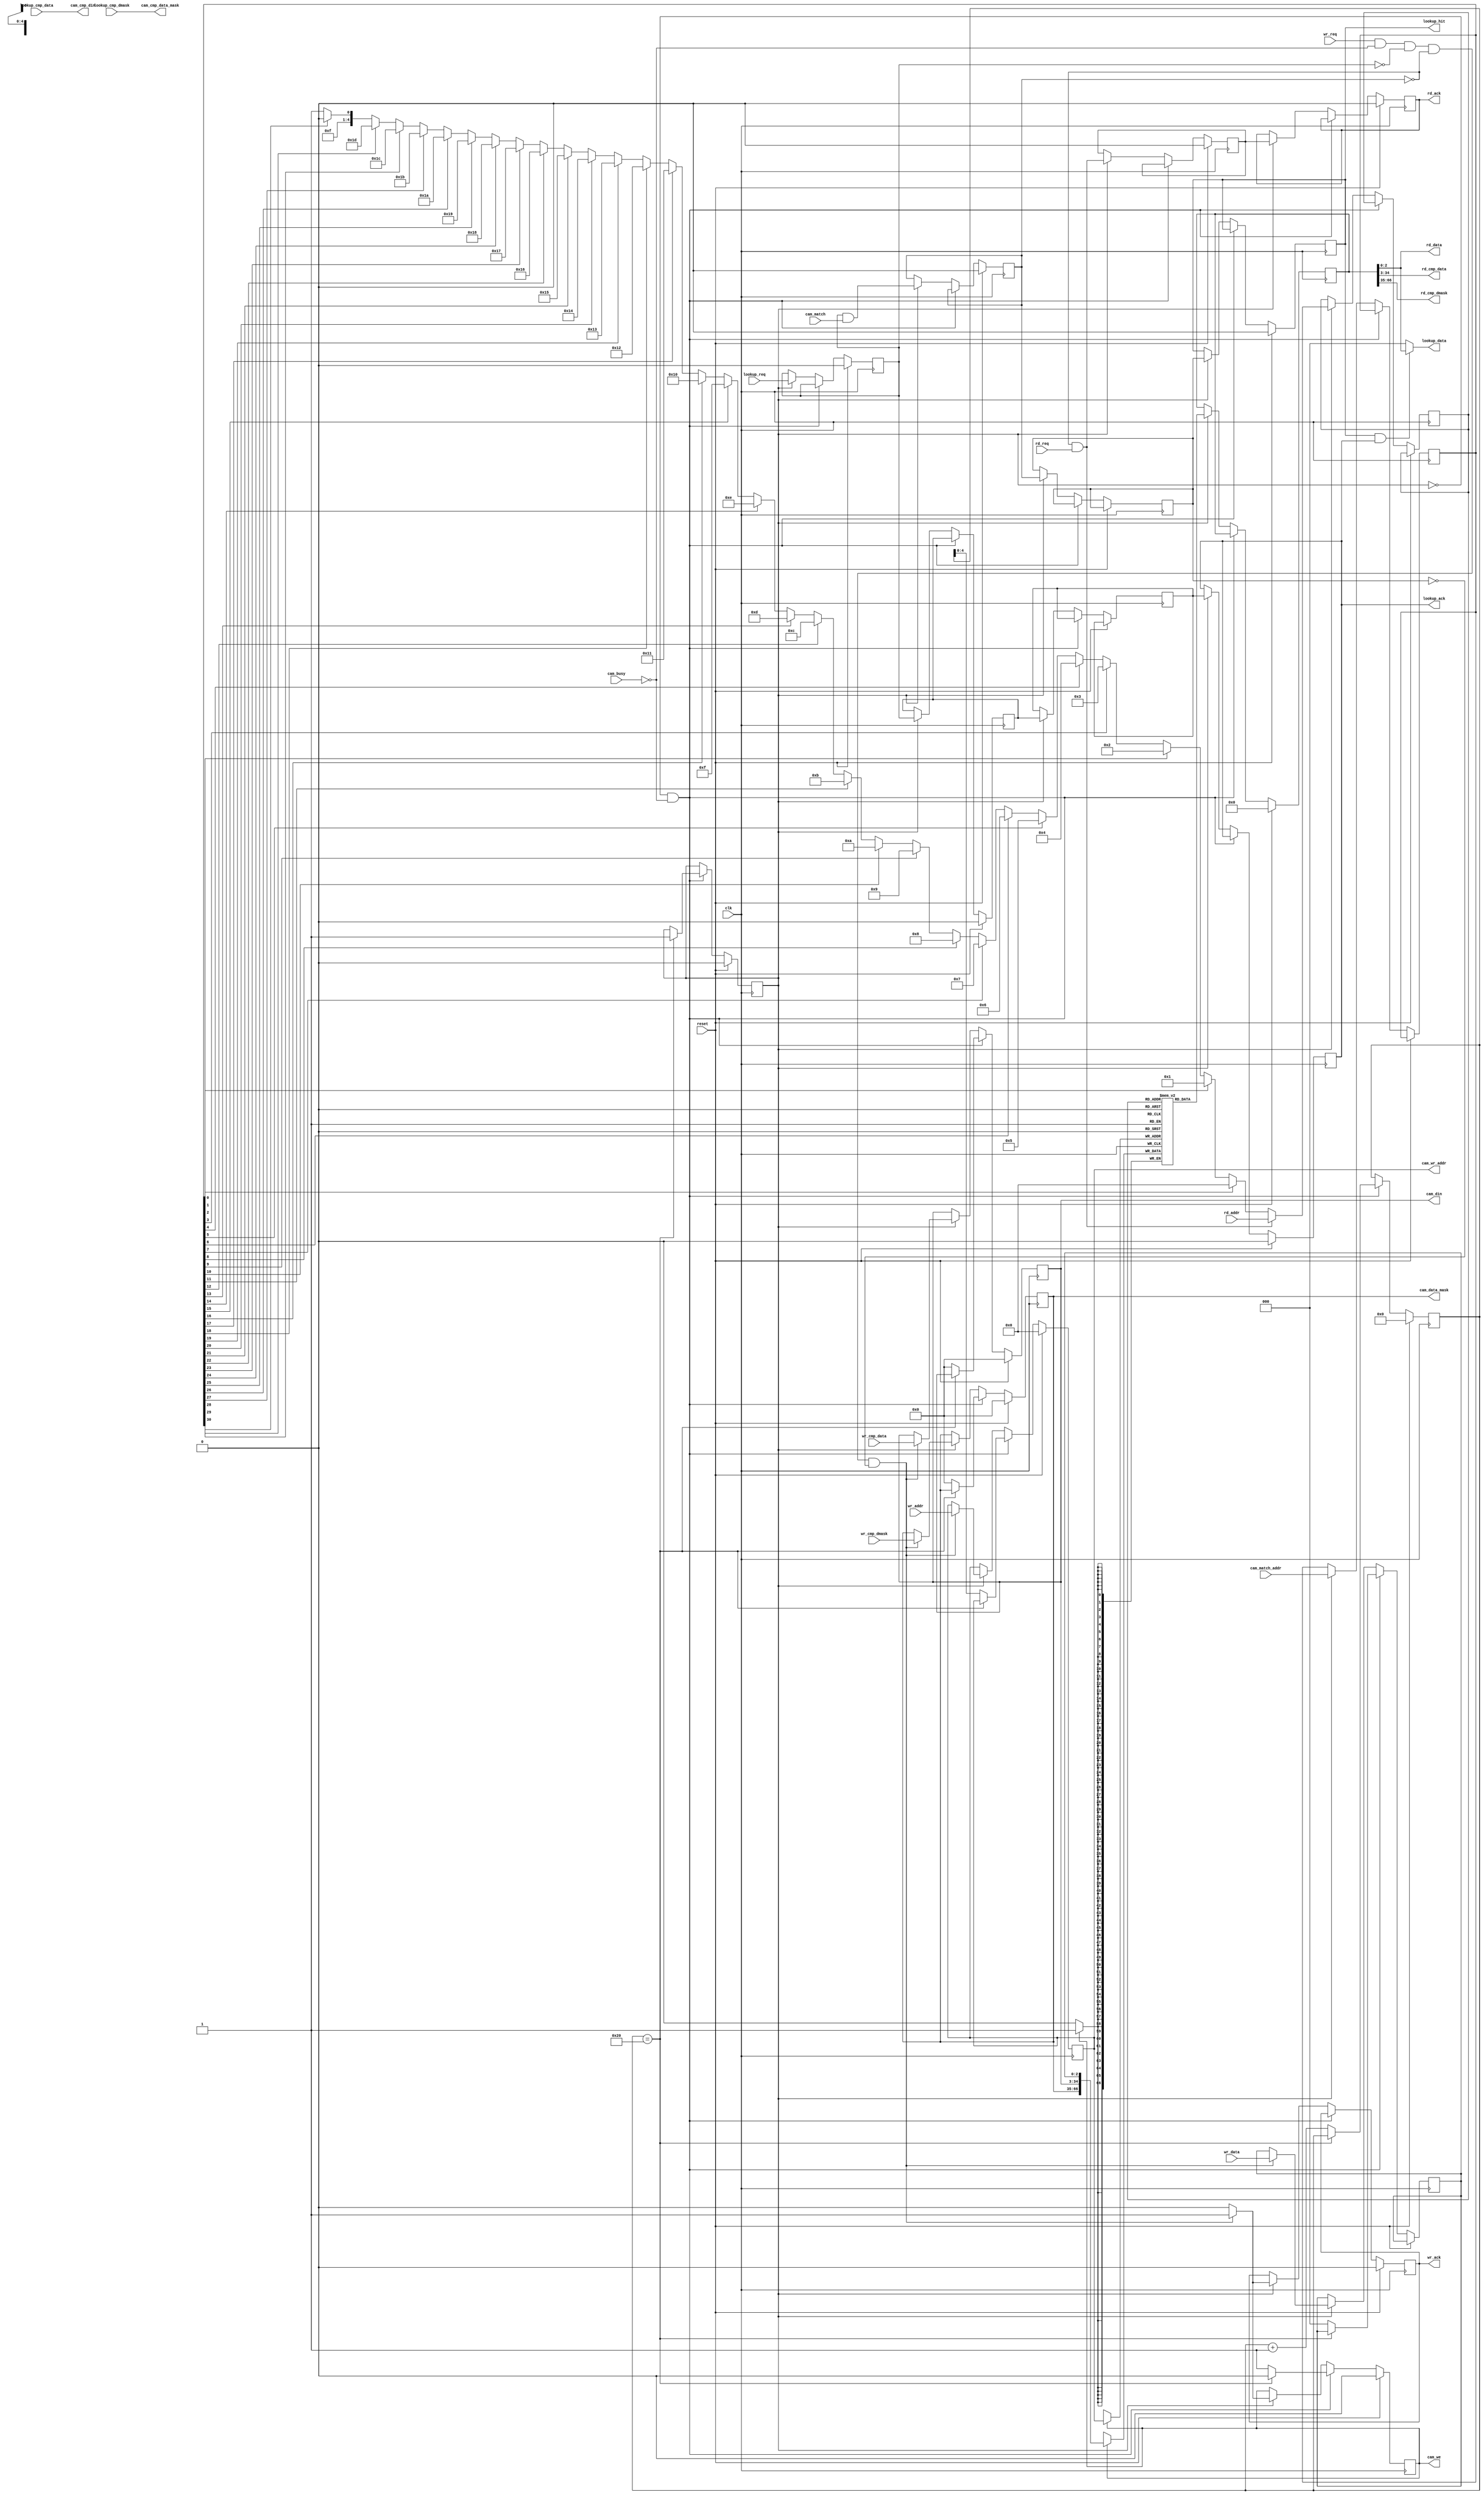
/*******************************************************************************
*
* Copyright (C) 2007 jnaous
* All rights reserved.
*
* This software was developed by
* Stanford University and the University of Cambridge Computer Laboratory
* under National Science Foundation under Grant No. CNS-0855268,
* the University of Cambridge Computer Laboratory under EPSRC INTERNET Project EP/H040536/1 and
* by the University of Cambridge Computer Laboratory under DARPA/AFRL contract FA8750-11-C-0249 ("MRC2"), 
* as part of the DARPA MRC research programme.
*
* @NETFPGA_LICENSE_HEADER_START@
*
* Licensed to NetFPGA C.I.C. (NetFPGA) under one or more contributor
* license agreements. See the NOTICE file distributed with this work for
* additional information regarding copyright ownership. NetFPGA licenses this
* file to you under the NetFPGA Hardware-Software License, Version 1.0 (the
* "License"); you may not use this file except in compliance with the
* License. You may obtain a copy of the License at:
*
* http://www.netfpga-cic.org
*
* Unless required by applicable law or agreed to in writing, Work distributed
* under the License is distributed on an "AS IS" BASIS, WITHOUT WARRANTIES OR
* CONDITIONS OF ANY KIND, either express or implied. See the License for the
* specific language governing permissions and limitations under the License.
*
* @NETFPGA_LICENSE_HEADER_END@
*
*******************************************************************************/


  module unencoded_cam_lut_sm
    #(parameter CMP_WIDTH	= 32,
      parameter DATA_WIDTH	= 3,
      parameter LUT_DEPTH	= 32,
      parameter LUT_DEPTH_BITS	= log2(LUT_DEPTH),
      parameter DEFAULT_DATA	= 0,			// DATA to return on a miss
      parameter RESET_DATA	= {DATA_WIDTH{1'b0}},	// value of data on reset
      parameter RESET_CMP_DATA	= {CMP_WIDTH{1'b0}},	// value of compare datae on reset
      parameter RESET_CMP_DMASK	= {CMP_WIDTH{1'b0}}	// value compare of data mask on reset
      )
   (// --- Interface for lookups
    input                              lookup_req,
    input      [CMP_WIDTH-1:0]         lookup_cmp_data,
    input      [CMP_WIDTH-1:0]         lookup_cmp_dmask,
    output reg                         lookup_ack,
    output reg                         lookup_hit,
    output     [DATA_WIDTH-1:0]        lookup_data,

    // --- Interface to registers
    // --- Read port
    input [LUT_DEPTH_BITS-1:0]         rd_addr,          // address in table to read
    input                              rd_req,           // request a read
    output [DATA_WIDTH-1:0]            rd_data,          // data found for the entry
    output [CMP_WIDTH-1:0]             rd_cmp_data,      // matching data for the entry
    output [CMP_WIDTH-1:0]             rd_cmp_dmask,     // don't cares entry
    output reg                         rd_ack,           // pulses high

    // --- Write port
    input [LUT_DEPTH_BITS-1:0]         wr_addr,
    input                              wr_req,
    input [DATA_WIDTH-1:0]             wr_data,          // data found for the entry
    input [CMP_WIDTH-1:0]              wr_cmp_data,      // matching data for the entry
    input [CMP_WIDTH-1:0]              wr_cmp_dmask,     // don't cares for the entry
    output reg                         wr_ack,

    // --- CAM interface
    input                              cam_busy,
    input                              cam_match,
    input      [LUT_DEPTH-1:0]         cam_match_addr,
    output     [CMP_WIDTH-1:0]         cam_cmp_din,
    output reg [CMP_WIDTH-1:0]         cam_din,
    output reg                         cam_we,
    output reg [LUT_DEPTH_BITS-1:0]    cam_wr_addr,
    output     [CMP_WIDTH-1:0]         cam_cmp_data_mask,
    output reg [CMP_WIDTH-1:0]         cam_data_mask,

    // --- Misc
    input                              reset,
    input                              clk
   );


   function integer log2;
      input integer number;
      begin
         log2=0;
         while(2**log2<number) begin
            log2=log2+1;
         end
      end
   endfunction // log2

   //-------------------- Internal Parameters ------------------------
   localparam RESET = 0;
   localparam READY = 1;

   //---------------------- Wires and regs----------------------------
   reg [LUT_DEPTH_BITS-1:0]              lut_rd_addr;
   reg [DATA_WIDTH+2*CMP_WIDTH-1:0]      lut_rd_data;
   reg [DATA_WIDTH-1:0]                  lut_wr_data;

   reg [DATA_WIDTH+2*CMP_WIDTH-1:0]      lut[LUT_DEPTH-1:0];

   reg                                   lookup_latched;
   reg                                   cam_match_found;
   reg                                   cam_lookup_done;
   reg                                   rd_req_latched;

   reg                                   cam_match_encoded;
   reg                                   cam_match_found_d1;
   reg [LUT_DEPTH-1:0]                   cam_match_unencoded_addr;

   reg [LUT_DEPTH_BITS-1:0]              cam_match_encoded_addr;
   // synthesis attribute PRIORITY_EXTRACT of cam_match_encoded_addr is force;

   integer                               i;

   /* used to track the addresses for resetting the CAM and the LUT */
   reg [LUT_DEPTH_BITS:0]                reset_count;
   reg                                   state;

   //------------------------- Logic --------------------------------

   assign cam_cmp_din       = lookup_cmp_data;
   assign cam_cmp_data_mask = lookup_cmp_dmask;

   assign lookup_data       = (lookup_hit & lookup_ack) ? lut_rd_data[DATA_WIDTH-1:0] : DEFAULT_DATA;

   assign rd_data           = lut_rd_data[DATA_WIDTH-1:0];
   assign rd_cmp_data       = lut_rd_data[DATA_WIDTH+CMP_WIDTH-1:DATA_WIDTH];
   assign rd_cmp_dmask      = lut_rd_data[DATA_WIDTH+2*CMP_WIDTH-1:DATA_WIDTH+CMP_WIDTH];


   /* encode the match address */
   always @(*) begin
      cam_match_encoded_addr = LUT_DEPTH[LUT_DEPTH_BITS-1:0] - 1'b1;
      for (i = LUT_DEPTH-2; i >= 0; i = i-1) begin
         if (cam_match_unencoded_addr[i]) begin
            cam_match_encoded_addr = i[LUT_DEPTH_BITS-1:0];
         end
      end
   end

   always @(posedge clk) begin

      if(reset) begin
         lookup_latched     <= 0;
         cam_match_found    <= 0;
         cam_lookup_done    <= 0;
         rd_req_latched     <= 0;
         lookup_ack         <= 0;
         lookup_hit         <= 0;
         cam_we             <= 0;
         cam_wr_addr        <= 0;
         cam_din            <= 0;
         cam_data_mask      <= 0;
         wr_ack             <= 0;
         state              <= RESET;
         reset_count        <= 0;
	 rd_ack		    <= 0;
	 lut_rd_data	    <= RESET_DATA;	
      end // if (reset)
      else begin
         if (state == RESET && !cam_busy) begin
            if(reset_count == LUT_DEPTH) begin
               state  <= READY;
               cam_we <= 1'b0;
            end
            else begin
               reset_count      <= reset_count + 1'b1;
               cam_we           <= 1'b1;
               cam_wr_addr      <= reset_count[LUT_DEPTH_BITS-1:0];
               cam_din          <= RESET_CMP_DATA;
               cam_data_mask    <= RESET_CMP_DMASK;
	       lut_wr_data      <= RESET_DATA;
            end
         end

         else if (state == READY) begin
            /* first pipeline stage -- do CAM lookup */
            lookup_latched              <= lookup_req;

            /* second pipeline stage -- CAM result/LUT input*/
            cam_match_found             <= lookup_latched & cam_match;
            cam_lookup_done             <= lookup_latched;
            cam_match_unencoded_addr    <= cam_match_addr;

            /* third pipeline stage -- encode the CAM output */
            cam_match_encoded           <= cam_lookup_done;
            cam_match_found_d1          <= cam_match_found;
            lut_rd_addr                 <= (!cam_match_found && rd_req) ? rd_addr : cam_match_encoded_addr;
            rd_req_latched              <= (!cam_match_found && rd_req);

            /* fourth pipeline stage -- read LUT */
            lookup_ack                  <= cam_match_encoded;
            lookup_hit                  <= cam_match_found_d1;
            lut_rd_data                 <= lut[lut_rd_addr];
            rd_ack                      <= rd_req_latched;

            /* Handle writes */
            if(wr_req & !cam_busy & !lookup_latched & !cam_match_found & !cam_match_found_d1) begin
               cam_we           <= 1;
               cam_wr_addr      <= wr_addr;
               cam_din          <= wr_cmp_data ;
               cam_data_mask    <= wr_cmp_dmask;
               wr_ack           <= 1;
	       lut_wr_data      <= wr_data;
            end
            else begin
               cam_we <= 0;
               wr_ack <= 0;
            end // else: !if(wr_req & !cam_busy & !lookup_latched & !cam_match_found & !cam_match_found_d1)
         end // else: !if(state == RESET)

      end // else: !if(reset)

      // separate this out to allow implementation as BRAM
      if(cam_we) begin
	 lut[cam_wr_addr] <= {cam_data_mask, cam_din, lut_wr_data};
      end

   end // always @ (posedge clk)

endmodule // cam_lut_sm